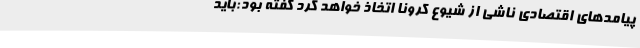
پیامدهای اقتصادی ناشی از شیوع کرونا اتخاذ خواهد کرد گفته بود:باید